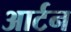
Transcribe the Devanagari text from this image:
आर्टन